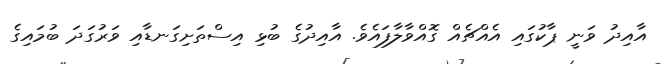
އާއިދު ވަނީ ޕާކުގައި އެއްޗެއް ގޮއްވާލާފައެވެ. އާއިދުގެ ބުޅި އިސްތަށިގަނޑާއި ވަރުގަދަ ބުމައިގެ